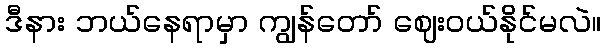
ဒီနား ဘယ်နေရာမှာ ကျွန်တော် ဈေးဝယ်နိုင်မလဲ။